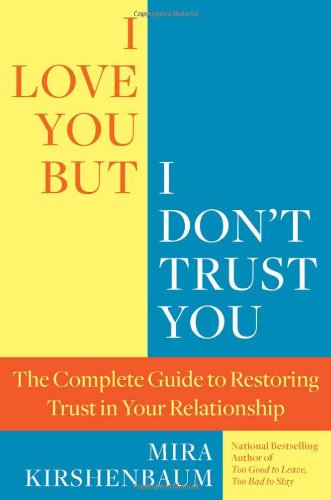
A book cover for I Love You But I Don't Trust You: The Complete Guide to Restoring Trust in Your Relationship; Mira Kirshenbaum; Parenting & Relationships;